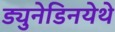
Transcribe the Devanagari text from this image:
ड्युनेडिनयेथे